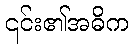
၎င်း၏အဓိက